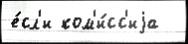
е́сл'и ком'и́сс'иjа